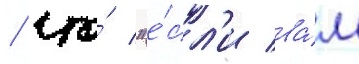
/ что́ "е́сл'и ва́м